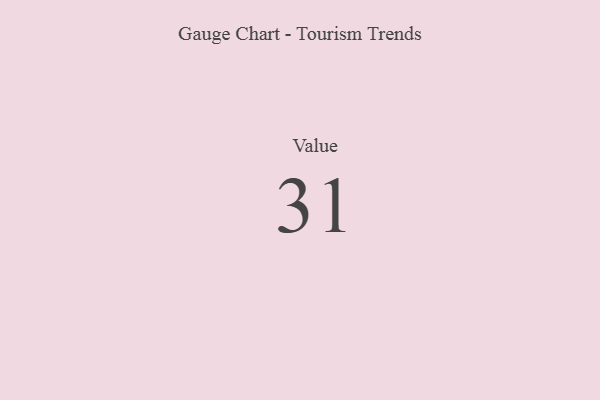
{"axis": {"x": "Metric", "y": "Value"}, "legend": [""], "data": [{"x": "Value", "y": 31, "type": ""}]}